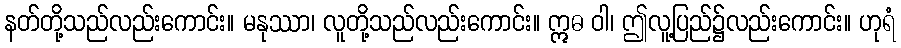
နတ်တို့သည်လည်းကောင်း။ မနုဿာ၊ လူတို့သည်လည်းကောင်း။ ဣဓ ဝါ၊ ဤလူ့ပြည်၌လည်းကောင်း။ ဟုရံ